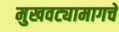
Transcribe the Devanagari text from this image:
मुखवट्यामागचे